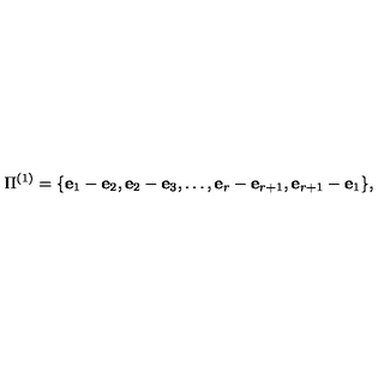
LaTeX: \Pi ^ { ( 1 ) } = \{ { \bf e } _ { 1 } - { \bf e } _ { 2 } , { \bf e } _ { 2 } - { \bf e } _ { 3 } , \ldots , { \bf e } _ { r } - { \bf e } _ { r + 1 } , { \bf e } _ { r + 1 } - { \bf e } _ { 1 } \} ,